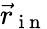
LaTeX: \vec{r}_{\mathrm{~i~n~}}